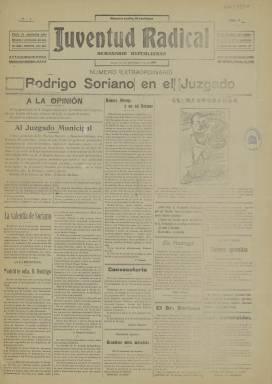
Título: Juventud radical (Madrid)
Colección: Periódicos
Ámbito geográfico: Madrid
Lugar de publicación: Madrid
Fechas: 22/02/1911-22/02/1911